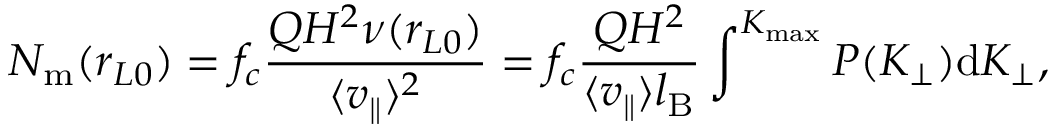
N _ { \mathrm { m } } ( r _ { L 0 } ) = f _ { c } \frac { Q H ^ { 2 } \nu ( r _ { L 0 } ) } { \langle { v _ { \parallel } } \rangle ^ { 2 } } = f _ { c } \frac { Q H ^ { 2 } } { \langle { v _ { \parallel } } \rangle l _ { \mathrm { B } } } \int ^ { K _ { \mathrm { m a x } } } P ( K _ { \perp } ) \mathrm { d } K _ { \perp } ,